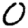
Digit: 0